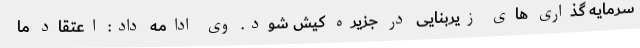
سرمایه گذاری های زیربنایی در جزیره کیش شود. وی ادامه داد: اعتقاد ما